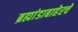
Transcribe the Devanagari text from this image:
ब्रह्मांडाबाहेरचे